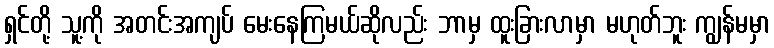
ရှင်တို့ သူ့ကို အတင်းအကျပ် မေးနေကြမယ်ဆိုလည်း ဘာမှ ထူးခြားလာမှာ မဟုတ်ဘူး ကျွန်မမှာ